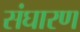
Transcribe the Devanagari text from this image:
संघारण